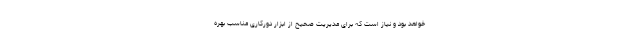
خواهد بود و نیاز است که برای مدیریت صحیح از ابزار دورکاری مناسب بهره